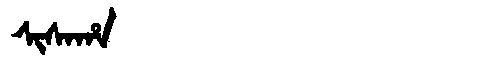
Manchu: ᠰᡳᠰᠠᡥᠠ
Romanization: SISAHA